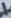
Text: 1